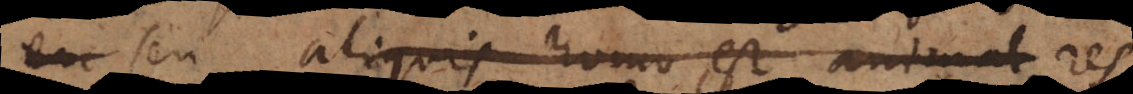
seu aliquis homo est animal, res